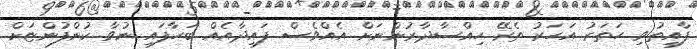
ފާއިތުވި ހަތަރު އަހަރު ތެރޭ ހިއްސާދާރުންނަށް އެއްވެސް ފައިދާއެއް ބަހާފައި ނުވާ ކުންފުންޏަށް